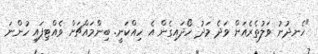
"ހެނދުނު ވަލުތެރެއަށް ވަދެ މަދު ހޯދައިގެން އެ ހިއްކަނީ. ބިންމައްޗަށް ވެއްޓިފައި ހުންނަ